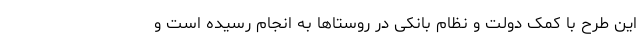
این طرح با کمک دولت و نظام بانکی در روستاها به انجام رسیده است و